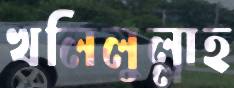
খলিলুল্লাহ